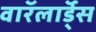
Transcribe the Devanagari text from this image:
वाॅरलाॅर्ड्स